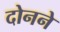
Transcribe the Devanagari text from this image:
दोनने